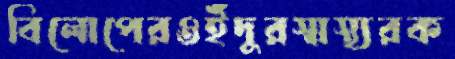
বিলোপেরওইঁদুরস্বাস্থ্যরক